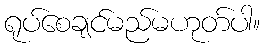
ရုပ်စေချင်မည်မဟုတ်ပါ။